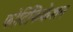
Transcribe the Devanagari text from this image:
फोर्टिफिकेशन